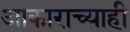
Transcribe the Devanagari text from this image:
आकाराच्याही